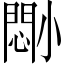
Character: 𫵈